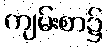
ကျမ်းစာ၌